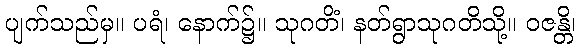
ပျက်သည်မှ။ ပရံ၊ နောက်၌။ သုဂတိံ၊ နတ်ရွာသုဂတိသို့။ ဝဇန္တိ၊